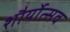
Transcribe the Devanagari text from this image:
शौर्योत्सव